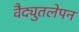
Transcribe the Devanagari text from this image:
वैद्युतलेपन